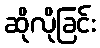
ဆိုလိုခြင်း